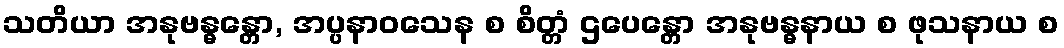
သတိယာ အနုဗန္ဓန္တော, အပ္ပနာဝသေန စ စိတ္တံ ဌပေန္တော အနုဗန္ဓနာယ စ ဖုသနာယ စ